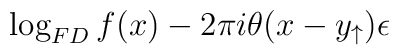
\log _{FD}f(x)-2\pi i\theta (x-y_{\uparrow })\epsilon